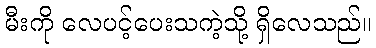
မီးကို လေပင့်ပေးသကဲ့သို့ ရှိလေသည်။